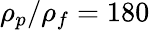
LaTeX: \rho_{p}/\rho_{f}=180